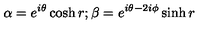
\alpha = e ^ { i \theta } \cosh r ; \beta = e ^ { i \theta - 2 i \phi } \sinh r